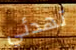
تهدئي